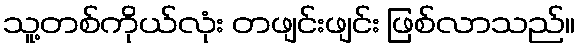
သူ့တစ်ကိုယ်လုံး တဖျင်းဖျင်း ဖြစ်လာသည်။